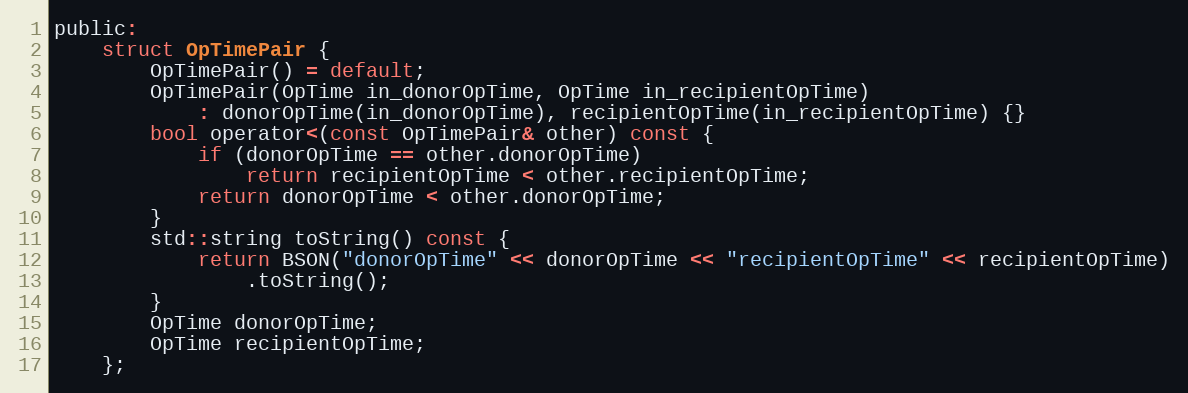
Language: C
public:
    struct OpTimePair {
        OpTimePair() = default;
        OpTimePair(OpTime in_donorOpTime, OpTime in_recipientOpTime)
            : donorOpTime(in_donorOpTime), recipientOpTime(in_recipientOpTime) {}
        bool operator<(const OpTimePair& other) const {
            if (donorOpTime == other.donorOpTime)
                return recipientOpTime < other.recipientOpTime;
            return donorOpTime < other.donorOpTime;
        }
        std::string toString() const {
            return BSON("donorOpTime" << donorOpTime << "recipientOpTime" << recipientOpTime)
                .toString();
        }
        OpTime donorOpTime;
        OpTime recipientOpTime;
    };